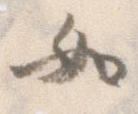
如